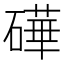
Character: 𬒢